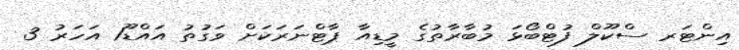
އިންޓަރ ސްކޫލް ފުޓްބޯޅަ މުބާރާތުގެ މީޑިއާ ޕާޓްނަރަކަށް ވަގުތު އައްޑޫ1 އަހަރު 3